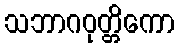
သဘာဂဝုတ္တိကော